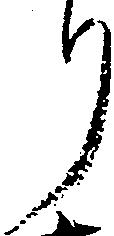
り